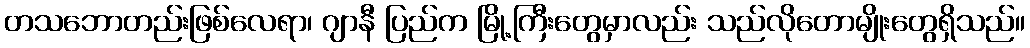
တသဘောတည်းဖြစ်လေရာ၊ ဂျာနီ ပြည်က မြို့ကြီးတွေမှာလည်း သည်လိုတောမျိုးတွေရှိသည်။